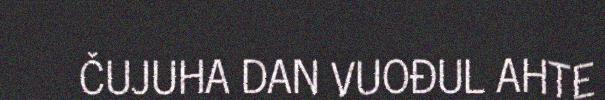
ČUJUHA DAN VUOĐUL AHTE